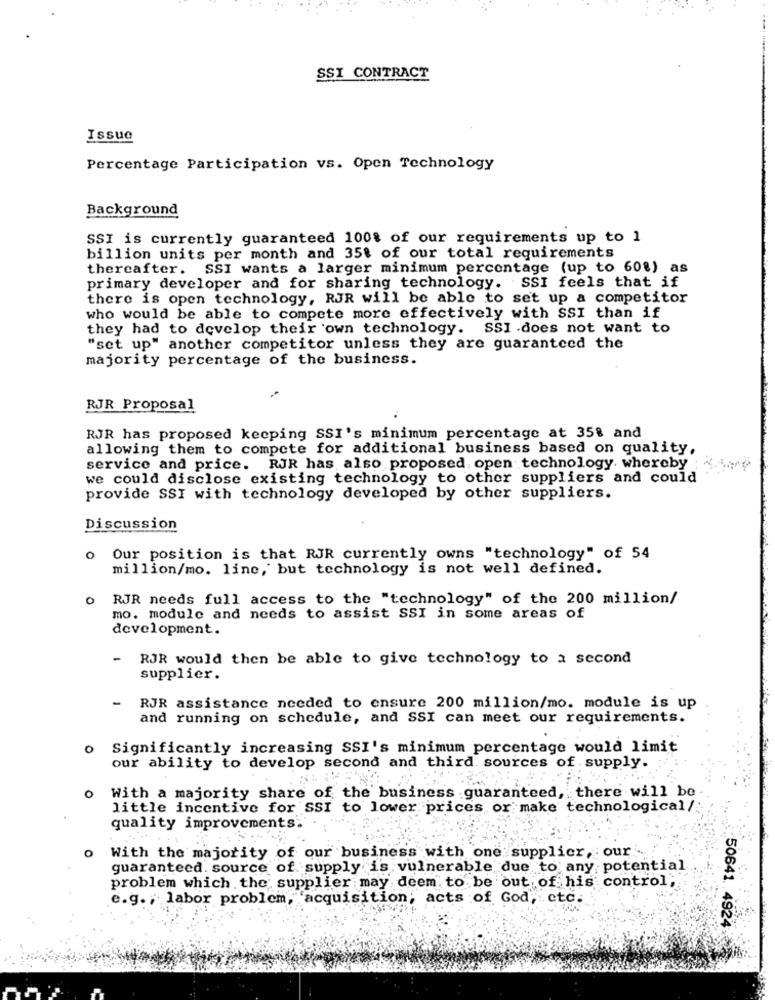
SSI CONTRACT
Issue
Percentage Participation vs. Open Technology
Background
SSI is currently guaranteed 100% of our requirements up to 1
billion units per month and 35% of our total requirements
thereafter. SSI wants a larger minimum percentage (up to 60%) as
primary developer and for sharing technology. SSI feels that if
there is open technology, RJR will be able to set up a competitor
who would be able to compete more effectively with SSI than if
they had to develop their own technology. SSI .does not want to
"set up" another competitor unless they are guaranteed the
majority percentage of the business.
RJR Proposal
RJR has proposed keeping SSI's minimum percentage at 358 and
allowing them to compete for additional business based on quality,
service and price. RJR has also proposed open technology. whereby
we could disclose existing technology to other suppliers and could
provide SSI with technology developed by other suppliers.
Discussion
o Our position is that RJR currently owns "technology" of 54
million/mo. line, but technology is not well defined.
O
RJR needs full access to the "technology" of the 200 million/
mo. module and needs to assist SSI in some areas of
development.
RJR would then be able to give technology to a second
supplier.
RJR assistance needed to ensure 200 million/mo. module is up
and running on schedule, and SSI can meet our requirements.
o Significantly increasing SSI's minimum percentage would limit
our ability to develop second and third sources of supply.
o With a majority share of the business guaranteed, there will be
little incentive for SSI to lower prices or make technological/
quality improvements.
O
With the majority of our business with one supplier, our
guaranteed. source of supply is vulnerable due to any potential
problem which the supplier may deem to be out of his control,
e.g ., labor problem, 'acquisition; acts of God, etc.
50641. 4924